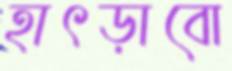
হাৎড়াবো